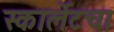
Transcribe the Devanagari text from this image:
स्कार्लेटचा